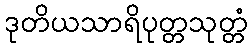
ဒုတိယသာရိပုတ္တသုတ္တံ